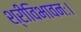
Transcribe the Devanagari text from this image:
श्रीविभावनः।